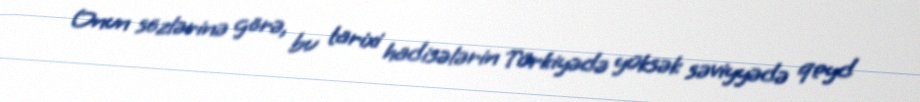
Onun sözlərinə görə, bu tarixi hadisələrin Türkiyədə yüksək səviyyədə qeyd